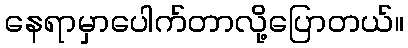
နေရာမှာပေါက်တာလို့ပြောတယ်။